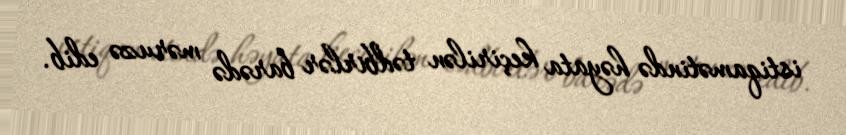
istiqamətində həyata keçirilən tədbirlər barədə məruzə edib.